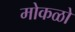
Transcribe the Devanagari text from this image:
मोकळो